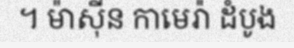
។ ម៉ាស៊ីន កាមេរ៉ា ដំបូង